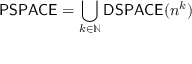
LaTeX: { \mathsf { P S P A C E } } = \bigcup _ { k \in \mathbb { N } } { \mathsf { D S P A C E } } ( n ^ { k } )